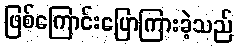
ဖြစ်ကြောင်းပြောကြားခဲ့သည်